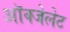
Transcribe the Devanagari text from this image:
ऑक्‍जेलेट